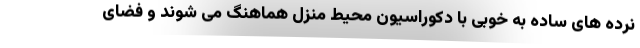
نرده های ساده به خوبی با دکوراسیون محیط منزل هماهنگ می شوند و فضای